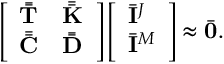
\begin{array} { r } { \left[ \begin{array} { l l } { \bar { \bar { \mathbf { T } } } } & { \bar { \bar { \mathbf { K } } } } \\ { \bar { \bar { \mathbf { C } } } } & { \bar { \bar { \mathbf { D } } } } \end{array} \right] \left[ \begin{array} { l } { \bar { \mathbf { I } } ^ { J } } \\ { \bar { \mathbf { I } } ^ { M } } \end{array} \right] \approx \bar { \mathbf { 0 } } . } \end{array}